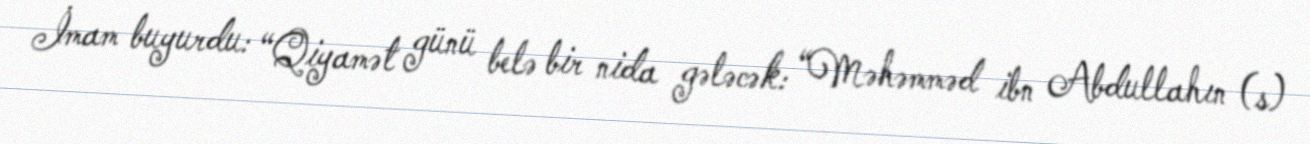
İmam buyurdu: “Qiyamət günü belə bir nida gələcək: “Məhəmməd ibn Abdullahın (s)